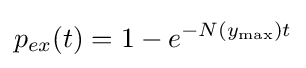
p_{ex}(t)=1-e^{-N(y_{\max })t}